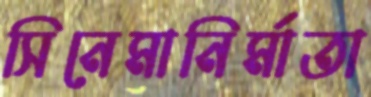
সিনেমানির্মাতা